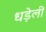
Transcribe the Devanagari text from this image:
धड़ेली